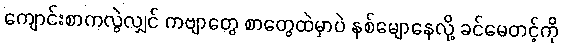
ကျောင်းစာကလွဲလျှင် ကဗျာတွေ စာတွေထဲမှာပဲ နစ်မျောနေလို့ ခင်မေတင့်ကို